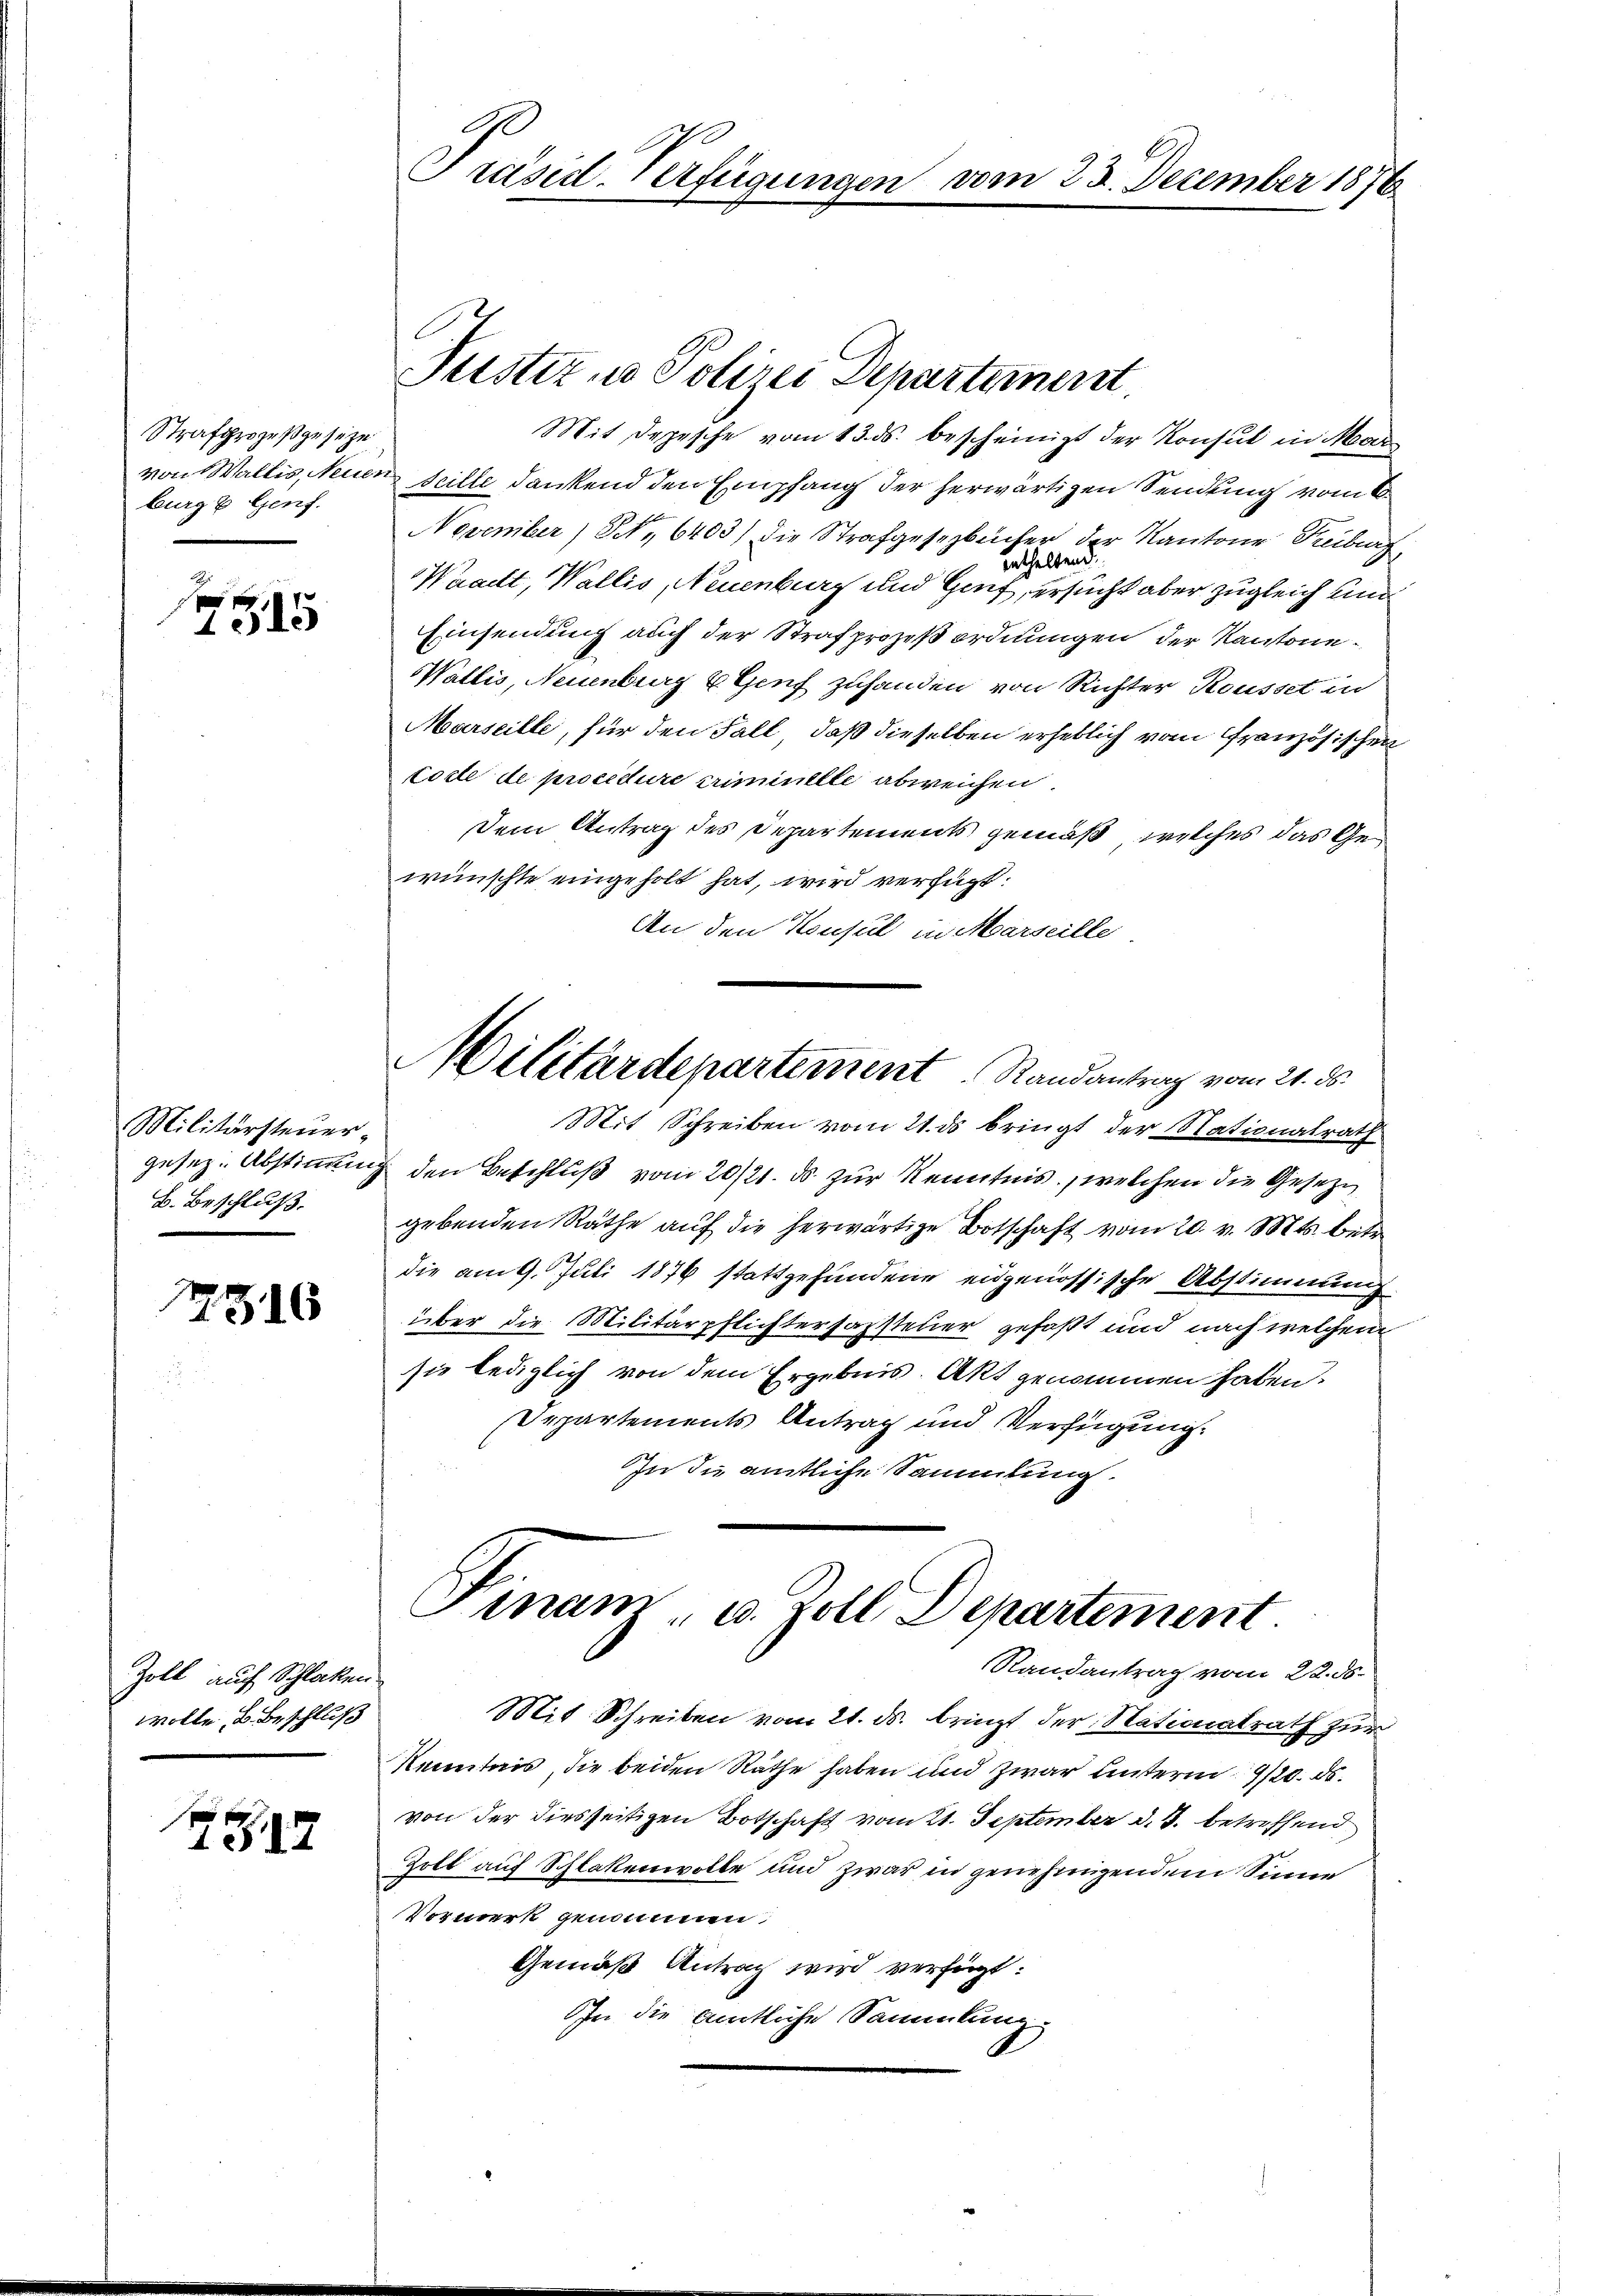
Strafprozeßgeseze
burg & Genf.

f x
1515

Militärsteuer,
gesez. Abstimmung
B. Beschluß.

7516

Zoll auch Schlaken
wolle, u. Beschluß

7517

Präsid. Verfügungen

Justiz u. Polizei Departement.
Mit Depesche vom 13. ds. bescheinigt der Konsul in Mar
von Wallis, Neuen Scille dankend den Empfang der herwärtigen Sendung vom 6.
November N., 6403) die Strafgesezbücher der Kantone Freiburg
Enthaltend.
Waadt, Wallis, Neuenburg und Genf, ersucht aber zugleich und
Einsendung auch der Strafprozeßordnungen der Kantone
Wallis, Neuenburg & Genf zuhanden von Richter Rousset in
Marseille, für den Fall, daß dieselben erheblich vom Französischen
tolle de procedure criminelle abweichen.
Dem Antrag des Departements gemäß, welches das Gewünschte eingeholt hat, wird verfügt:
An den Konsul in Marseille
Militärdepartement Randantrag vom 21. ds.
Mit Schreiben vom 21. ds bringt der Nationalrath
 den Beschluß vom 20/21. ds. zur Kenntnis, welchen die Gesezgebenden Räthe auf die herwärtige Botschaft vom 20. v. Mts. bet
die am 9. Juli 1876 stattgefundene eidgenössische Abstimmung
über die Militärpflichtersamsteuer gefaßt und nach welchem
sie lediglich von dem Ergebnis. Akt genommen haben.
Departements Antrag und Verfügung.
In die amtliche Sammlung.

vom 23. December 1876

Finam, u. Zoll Departement.
Randantrag vom 22. ds.
Mit Schreiben vom 21. ds. bringt der Nationalrath zur

Kenntnis, die beiden Räthe haben und zwar unterm 20. ds.
von der diesseitigen Botschaft vom 21. September d. J. betreffend
Zolt auf Schlakenwolle und zwar in genehmigendem Sinne
Vormerk genommen
Gemäß Antrag wird verfügt:
In die amtliche Sammlung